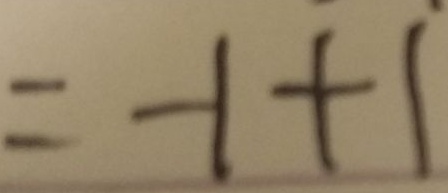
= - 1 + 1